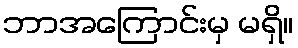
ဘာအကြောင်းမှ မရှိ။